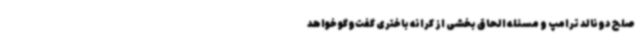
صلح دونالد ترامپ و مسئله الحاق بخشی از کرانه باختری گفت‌وگو خواهد